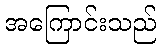
အကြောင်းသည်